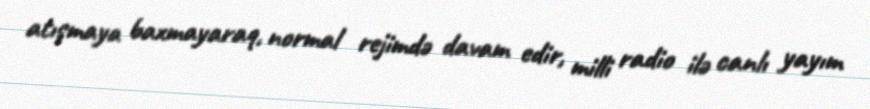
atışmaya baxmayaraq, normal rejimdə davam edir, milli radio ilə canlı yayım